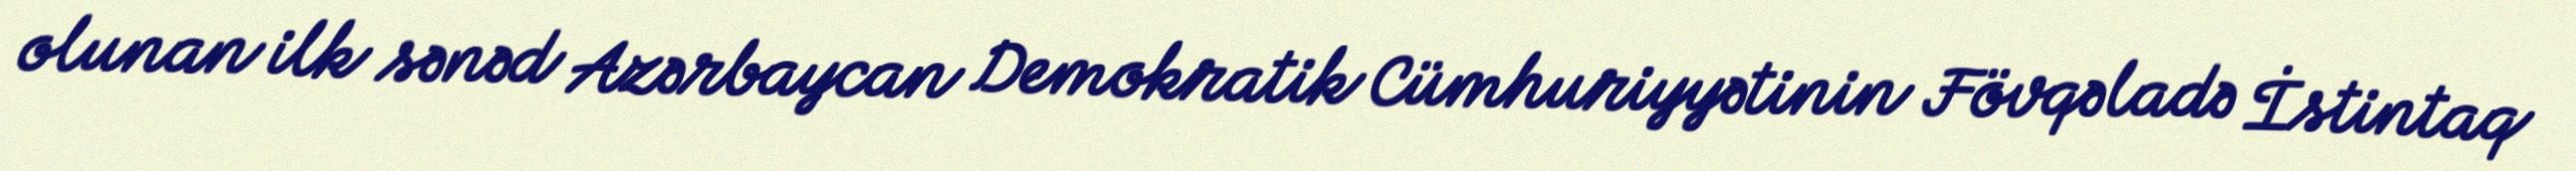
olunan ilk sənəd Azərbaycan Demokratik Cümhuriyyətinin Fövqəladə İstintaq